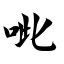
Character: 呲